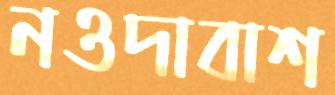
নওদাবাশ